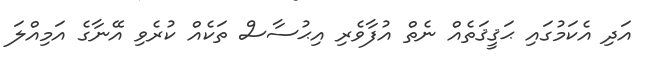
އަދި އެކަމުގައި ޙަޤީޤަތެއް ނެތް އުފާވެރި އިޙުސާސް ތަކެއް ކުރެވި އޭނާގެ އަމިއްލަ